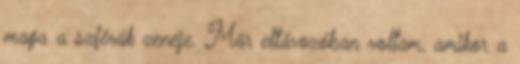
maga a szférák zenéje. Már eltávozóban voltam, amikor a